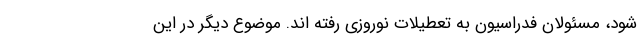
شود، مسئولان فدراسیون به تعطیلات نوروزی رفته اند. موضوع دیگر در این